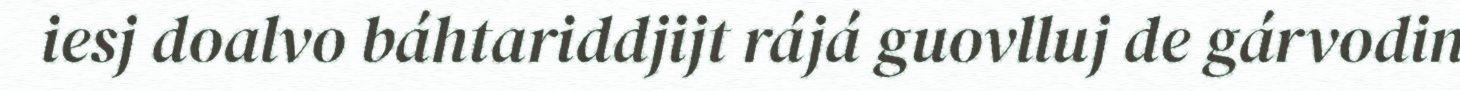
iesj doalvo báhtariddjijt rájá guovlluj de gárvodin